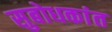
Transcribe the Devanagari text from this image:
सुबोधकांत